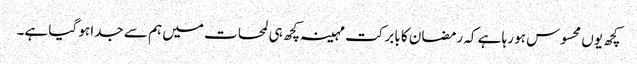
کچھ یوں محسوس ہو رہا ہے کہ رمضان کا بابرکت مہینہ کچھ ہی لمحات میں ہم سے جدا ہو گیا ہے۔